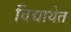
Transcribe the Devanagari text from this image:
विद्यायेत